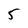
Character: 5